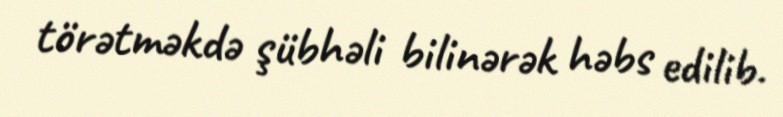
törətməkdə şübhəli bilinərək həbs edilib.